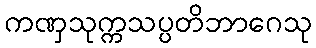
ကဏှသုက္ကသပ္ပတိဘာဂေသု